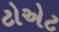
ટોએટ